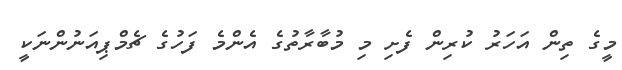
މީގެ ތިން އަހަރު ކުރިން ފެށި މި މުބާރާތުގެ އެންމެ ފަހުގެ ޗެމްޕިއަނުންނަކީ